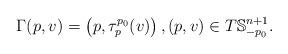
LaTeX: \begin{align*}\Gamma(p, v) = \left( p, \tau_p^{p_0}(v) \right), (p, v) \in T \mathbb{S}_{-p_0}^{n+1}.\end{align*}